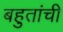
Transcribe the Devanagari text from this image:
बहुतांची